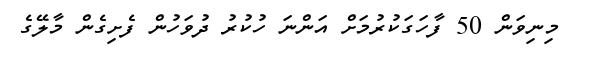
މިނިވަން 50 ފާހަގަކުރުމަށް އަންނަ ހުކުރު ދުވަހުން ފެށިގެން މާލޭގެ